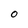
Character: O